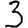
Digit: 3